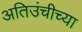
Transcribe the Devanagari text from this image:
अतिउंचीच्या